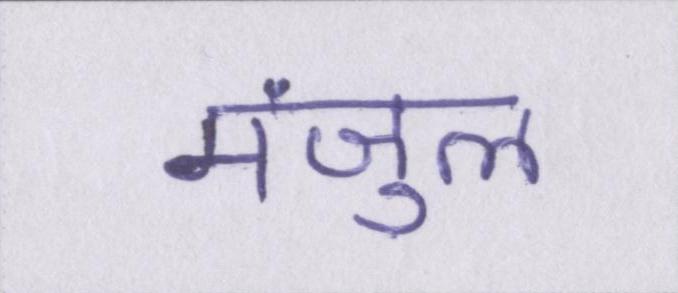
मंजुल